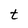
Character: t